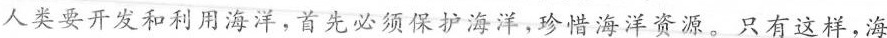
人类要开发和利用海洋，首先必须保护海洋，珍惜海洋资源。只有这样，海